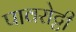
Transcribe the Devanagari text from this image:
पावरोट्टी